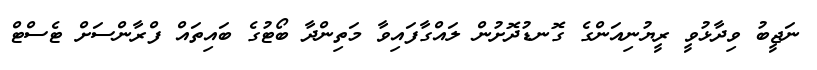
ނަޖީބު ވިދާޅުވީ ރީޔުނިއަންގެ ގޮނޑުދޮށުން ލައްގާފައިވާ މަތިންދާ ބޯޓުގެ ބައިތައް ފްރާންސަށް ޓެސްޓް